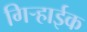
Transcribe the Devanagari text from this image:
गिऱ्हाईक